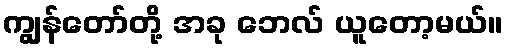
ကျွန်တော်တို့ အခု ဘေလ် ယူတော့မယ်။